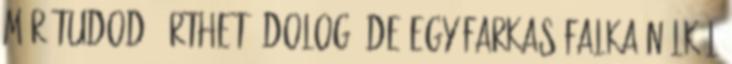
már tudod. Érthető dolog, de egy farkas falka nélkül